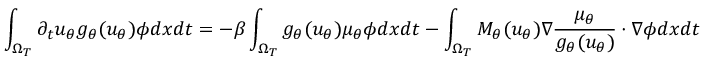
\int _ { \Omega _ { T } } \partial _ { t } u _ { \theta } g _ { \theta } ( u _ { \theta } ) \phi d x d t = - \beta \int _ { \Omega _ { T } } g _ { \theta } ( u _ { \theta } ) \mu _ { \theta } \phi d x d t - \int _ { \Omega _ { T } } M _ { \theta } ( u _ { \theta } ) \nabla \frac { \mu _ { \theta } } { g _ { \theta } ( u _ { \theta } ) } \cdot \nabla \phi d x d t